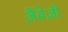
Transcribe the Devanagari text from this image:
ज़ैंबेज़ी